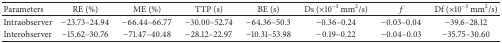
<table><thead><tr><td><b>Parameters</b></td><td><b>RE (%)</b></td><td><b>ME (%)</b></td><td><b>TTP (s)</b></td><td><b>BE (s)</b></td><td><b>Ds (×10<sup>−3</sup> mm<sup>2</sup>/s)</b></td><td><b><i>f</i></b></td><td><b>Df (×10<sup>−3</sup> mm<sup>2</sup>/s)</b></td></tr></thead><tbody><tr><td>Intraobserver</td><td>−23.73–24.94</td><td>−66.44–66.77</td><td>−30.00–52.74</td><td>−64.36–50.3</td><td>−0.36–0.24</td><td>−0.03–0.04</td><td>−39.6–28.12</td></tr><tr><td>Interobserver</td><td>−15.62–30.76</td><td>−71.47–40.48</td><td>−28.12–22.97</td><td>−10.31–53.98</td><td>−0.19–0.22</td><td>−0.04–0.03</td><td>−35.75–30.60</td></tr></tbody></table>